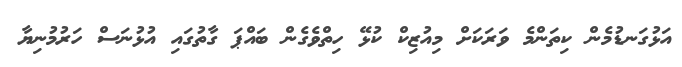
އަޅުގަނޑުމެން ކިތަންމެ ވަރަކަށް މިއުޒިކް ކުޅޭ ހިތްވެގެން ބައްޕަ ގާތުގައި އުޅުނަސް ހަރުމުނިޔާ